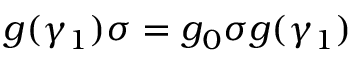
g ( \gamma _ { 1 } ) \sigma = g _ { 0 } \sigma g ( \gamma _ { 1 } )